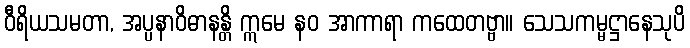
ဝီရိယသမတာ, အပ္ပနာဝိဓာနန္တိ ဣမေ နဝ အာကာရာ ကထေတဗ္ဗာ။ သေသကမ္မဋ္ဌာနေသုပိ